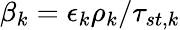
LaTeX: \beta_{k}={\epsilon_{k}\rho_{k}}/{\tau_{st,k}}